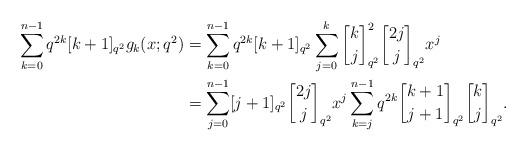
LaTeX: \begin{align*}\sum_{k=0}^{n-1}q^{2k}[k+1]_{q^{2}}g_k(x;q^2)&=\sum_{k=0}^{n-1}q^{2k}[k+1]_{q^{2}}\sum_{j=0}^k {k\brack j}_{q^2}^2{2j\brack j}_{q^2}x^j \\&=\sum_{j=0}^{n-1}[j+1]_{q^2}{2j\brack j}_{q^2}x^j\sum_{k=j}^{n-1}q^{2k}{k+1\brack j+1}_{q^2}{k\brack j}_{q^2}.\end{align*}